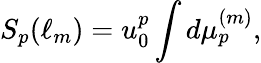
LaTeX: S_{p}(\ell_{m})=u_{0}^{p}\int d\mu_{p}^{(m)},